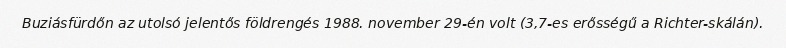
Buziásfürdőn az utolsó jelentős földrengés 1988. november 29-én volt (3,7-es erősségű a Richter-skálán).